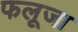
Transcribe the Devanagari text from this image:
फलूजा